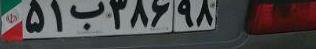
۵۱ب۳۸۶۹۸